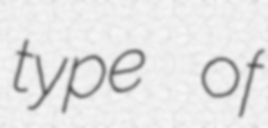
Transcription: type of